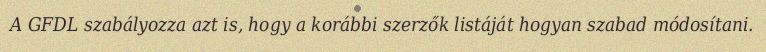
A GFDL szabályozza azt is, hogy a korábbi szerzők listáját hogyan szabad módosítani.